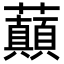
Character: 𧄺